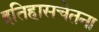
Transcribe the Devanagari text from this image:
इतिहासचेतना